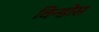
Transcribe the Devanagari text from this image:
विन्डोस